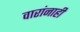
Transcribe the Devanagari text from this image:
वारांनाही